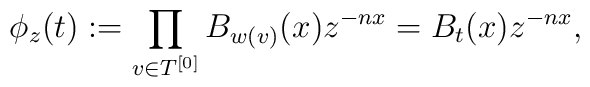
\phi_z(t):=\prod_{v\in T^{[0]}} B_{w(v)}(x)z^{-nx}=B_t(x)z^{-nx},